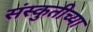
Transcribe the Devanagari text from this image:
संस्कुतीच्या